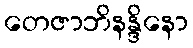
တေဇာဘိနန္ဒိနော